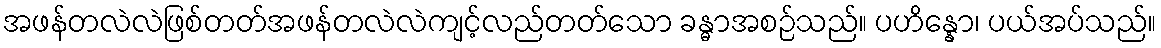
အဖန်တလဲလဲဖြစ်တတ်အဖန်တလဲလဲကျင့်လည်တတ်သော ခန္ဓာအစဉ်သည်။ ပဟိန္နော၊ ပယ်အပ်သည်။